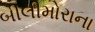
બીલીમોરાના